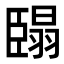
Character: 𮍓